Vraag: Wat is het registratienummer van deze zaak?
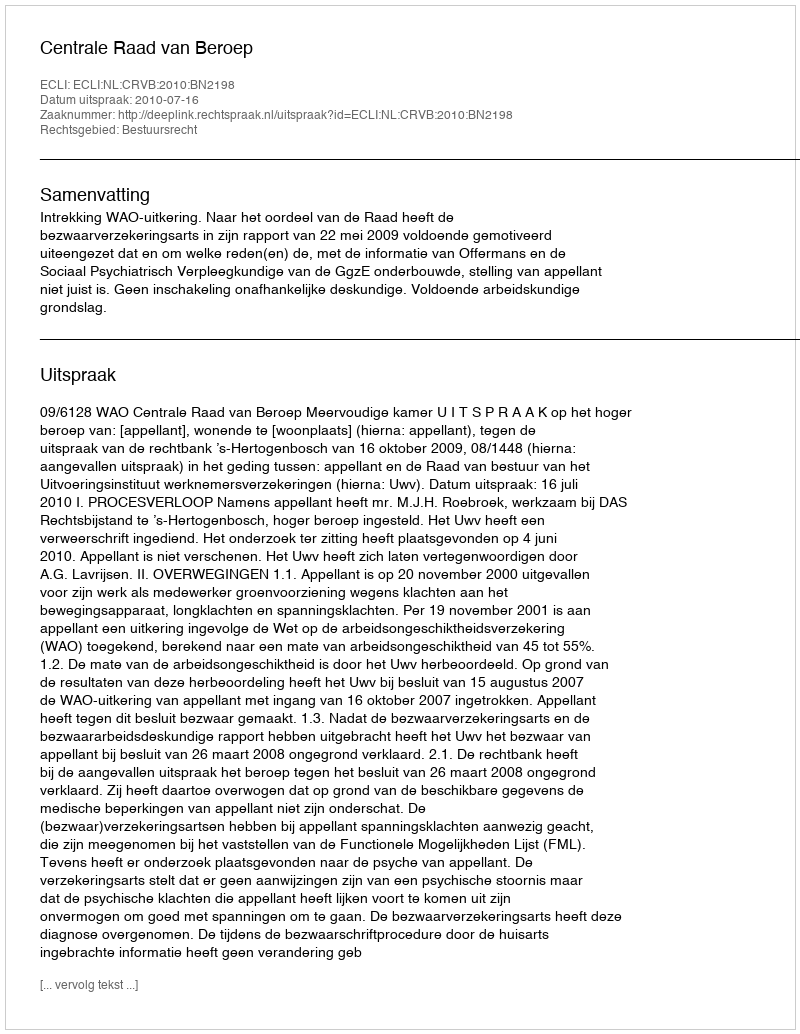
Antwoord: http://deeplink.rechtspraak.nl/uitspraak?id=ECLI:NL:CRVB:2010:BN2198